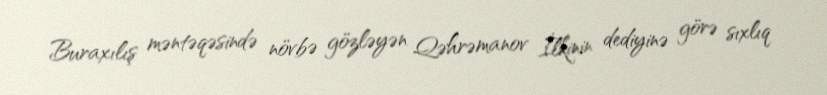
Buraxılış məntəqəsində növbə gözləyən Qəhrəmanov İlkinin dediyinə görə sıxlıq